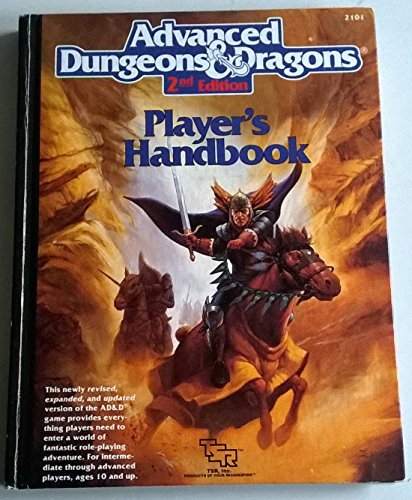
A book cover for Advanced Dungeons & Dragons Player's Handbook, 2nd Edition; David "Zeb" Cook; Science Fiction & Fantasy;